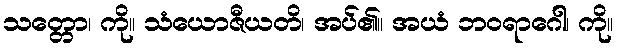
သတ္တော၊ ကို။ သံယောဇီယတိ၊ အပ်၏။ အယံ ဘဝရာဂေါ၊ ကို။